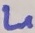
Text: L1